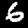
Label: 6